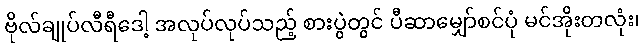
ဗိုလ်ချုပ်လီရီဒေါ့ အလုပ်လုပ်သည့် စားပွဲတွင် ပီဆာမျှော်စင်ပုံ မင်အိုးတလုံး၊